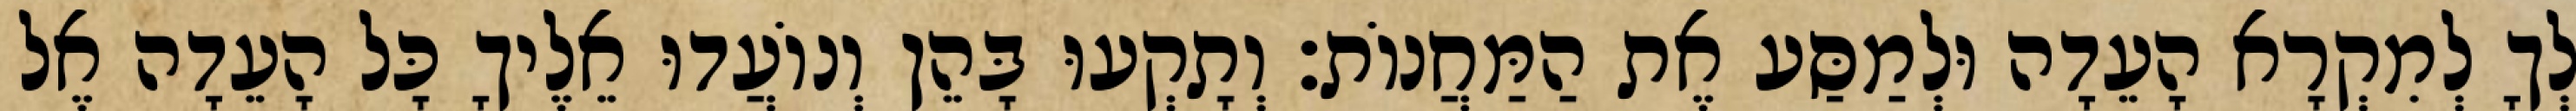
לְךָ לְמִקְרָא הָעֵדָה וּלְמַסַּע אֶת הַמַּחֲנוֹת׃ וְתָקְעוּ בָּהֵן וְנוֹעֲדוּ אֵלֶיךָ כָּל הָעֵדָה אֶל